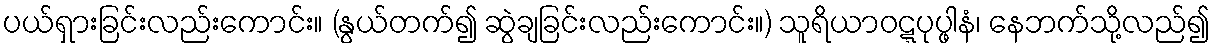
ပယ်ရှားခြင်းလည်းကောင်း။ (နွယ်တက်၍ ဆွဲချခြင်းလည်းကောင်း။) သူရိယာဝဋ္ဋပုပ္ဖါနံ၊ နေဘက်သို့လည်၍